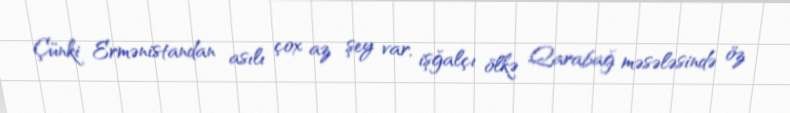
Çünki Ermənistandan asılı çox az şey var, işğalçı ölkə Qarabağ məsələsində öz